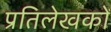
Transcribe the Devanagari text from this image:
प्रतिलेखकों